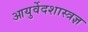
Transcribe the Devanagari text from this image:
आयुर्वेदशास्त्रज्ञ